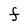
Character: F